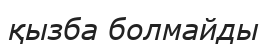
қызба болмайды